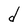
Character: d